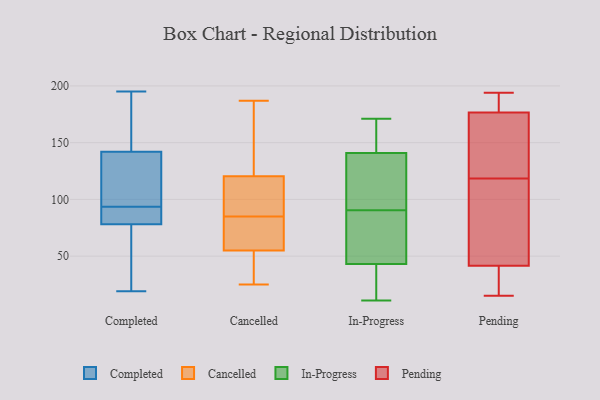
{"axis": {"x": "Headcount", "y": "Value"}, "legend": ["Cancelled", "Completed", "In-Progress", "Pending"], "data": [{"x": "", "y": 78, "type": "Completed"}, {"x": "", "y": 195, "type": "Completed"}, {"x": "", "y": 57, "type": "Completed"}, {"x": "", "y": 78, "type": "Completed"}, {"x": "", "y": 142, "type": "Completed"}, {"x": "", "y": 84, "type": "Completed"}, {"x": "", "y": 184, "type": "Completed"}, {"x": "", "y": 189, "type": "Completed"}, {"x": "", "y": 61, "type": "Completed"}, {"x": "", "y": 19, "type": "Completed"}, {"x": "", "y": 101, "type": "Completed"}, {"x": "", "y": 133, "type": "Completed"}, {"x": "", "y": 86, "type": "Completed"}, {"x": "", "y": 133, "type": "Completed"}, {"x": "", "y": 93, "type": "Cancelled"}, {"x": "", "y": 111, "type": "Cancelled"}, {"x": "", "y": 73, "type": "Cancelled"}, {"x": "", "y": 25, "type": "Cancelled"}, {"x": "", "y": 113, "type": "Cancelled"}, {"x": "", "y": 132, "type": "Cancelled"}, {"x": "", "y": 66, "type": "Cancelled"}, {"x": "", "y": 128, "type": "Cancelled"}, {"x": "", "y": 25, "type": "Cancelled"}, {"x": "", "y": 187, "type": "Cancelled"}, {"x": "", "y": 77, "type": "Cancelled"}, {"x": "", "y": 44, "type": "Cancelled"}, {"x": "", "y": 28, "type": "In-Progress"}, {"x": "", "y": 142, "type": "In-Progress"}, {"x": "", "y": 78, "type": "In-Progress"}, {"x": "", "y": 166, "type": "In-Progress"}, {"x": "", "y": 136, "type": "In-Progress"}, {"x": "", "y": 33, "type": "In-Progress"}, {"x": "", "y": 90, "type": "In-Progress"}, {"x": "", "y": 111, "type": "In-Progress"}, {"x": "", "y": 91, "type": "In-Progress"}, {"x": "", "y": 141, "type": "In-Progress"}, {"x": "", "y": 77, "type": "In-Progress"}, {"x": "", "y": 42, "type": "In-Progress"}, {"x": "", "y": 171, "type": "In-Progress"}, {"x": "", "y": 161, "type": "In-Progress"}, {"x": "", "y": 79, "type": "In-Progress"}, {"x": "", "y": 126, "type": "In-Progress"}, {"x": "", "y": 43, "type": "In-Progress"}, {"x": "", "y": 11, "type": "In-Progress"}, {"x": "", "y": 168, "type": "Pending"}, {"x": "", "y": 194, "type": "Pending"}, {"x": "", "y": 188, "type": "Pending"}, {"x": "", "y": 17, "type": "Pending"}, {"x": "", "y": 169, "type": "Pending"}, {"x": "", "y": 184, "type": "Pending"}, {"x": "", "y": 64, "type": "Pending"}, {"x": "", "y": 118, "type": "Pending"}, {"x": "", "y": 15, "type": "Pending"}, {"x": "", "y": 19, "type": "Pending"}, {"x": "", "y": 119, "type": "Pending"}, {"x": "", "y": 114, "type": "Pending"}]}